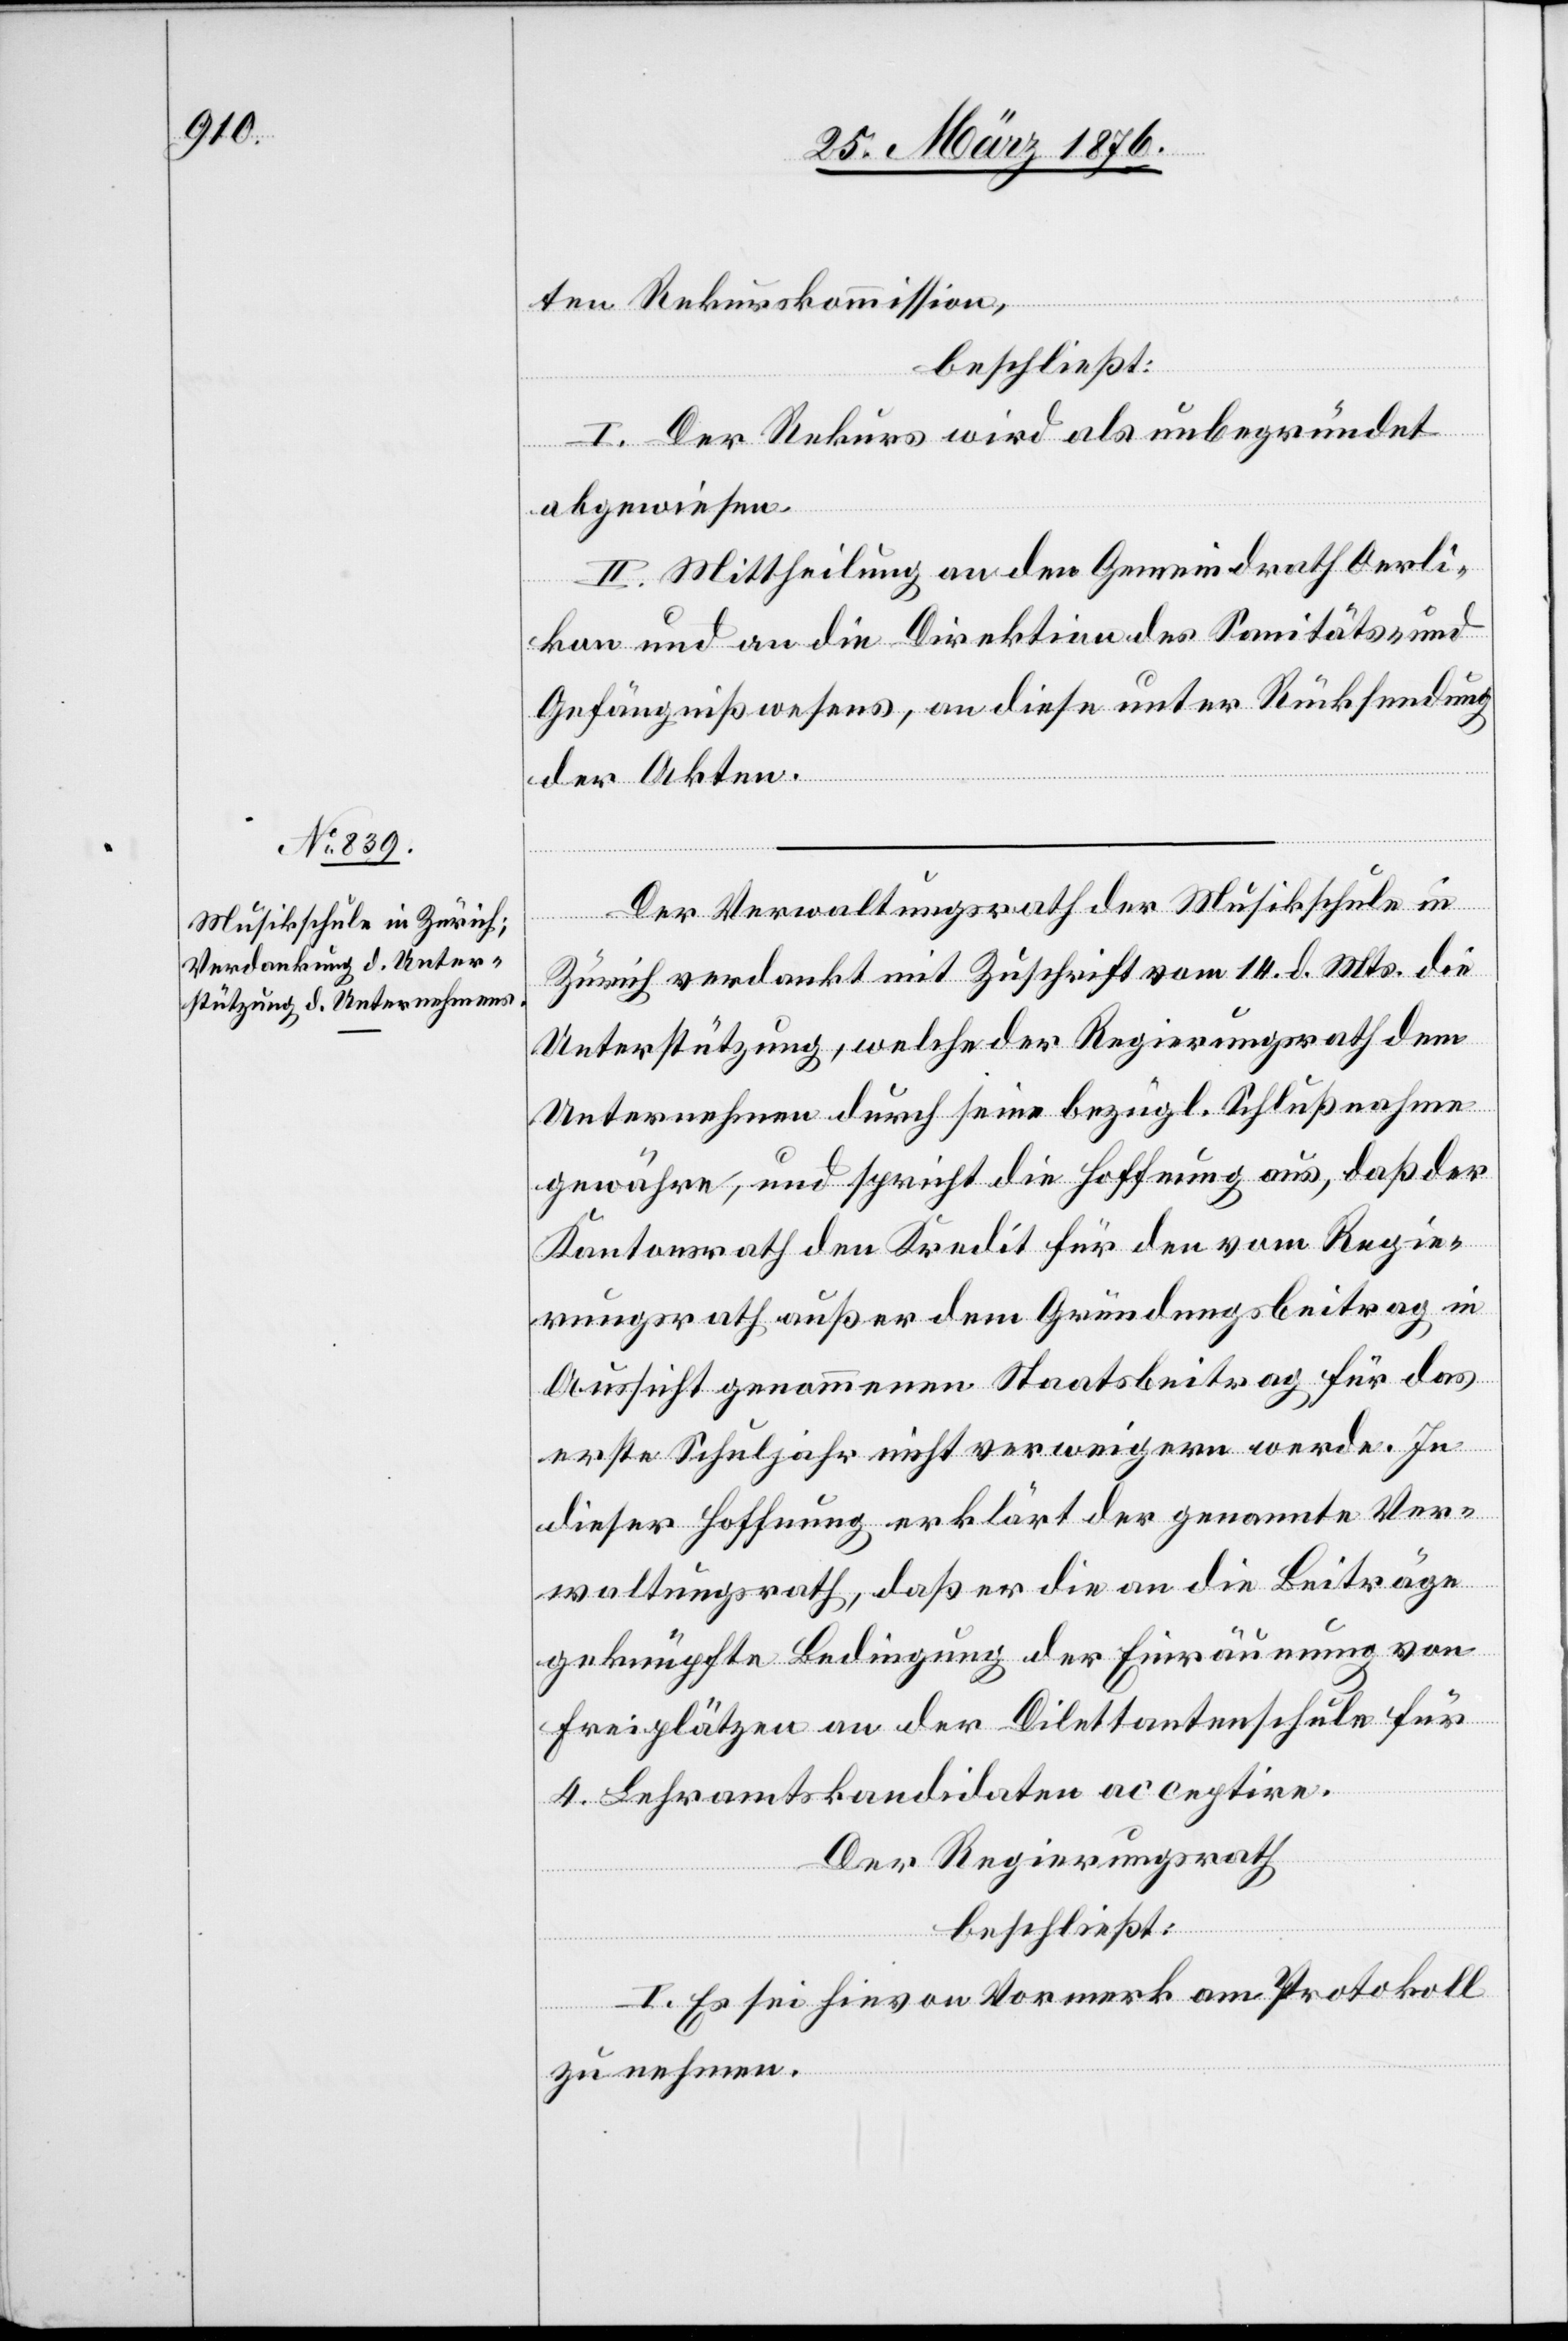
ten Rekurskommission,
beschließt:
I. Der Rekurs wird als unbegründet
abgewiesen.
II. Mittheilung an den Gemeindrath Oerli¬
kon und an die Direktion des Sanitäts- und
Gefängnißwesens, an diese unter Rücksendung
der Akten.
Der Verwaltungsrath der Musikschule in
Zürich verdankt mit Zuschrift vom 14. d. Mts. die
Unterstützung, welche der Regierungsrath dem
Unternehmen durch seine bezügl. Schlußnahme
gewähre, und spricht die Hoffnung aus, daß der
Kantonsrath den Kredit für den vom Regie¬
rungsrath außer dem Gründungsbeitrag in
Aussicht genommenen Staatsbeitrag für das
erste Schuljahr nicht verweigern werde. In
dieser Hoffnung erklärt der genannte Ver¬
waltungsrath, daß er die an die Beiträge
geknüpfte Bedingung der Einräumung von
Freiplätzen an der Dilettantenschule für
4. Lehramtskandidaten acceptire.
Der Regierungsrath
beschließt:
I. Es sei hievon Vormerk am Protokoll
zu nehmen.